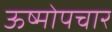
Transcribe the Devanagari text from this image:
ऊष्मोपचार